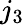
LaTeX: j_{3}